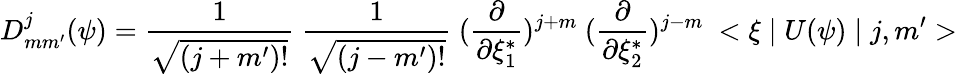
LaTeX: D_{mm^{\prime}}^{j}(\psi)=\frac{1}{\sqrt{(j+m^{\prime})!}}~\frac{1}{\sqrt{(j-m^{\prime})!}}~(\frac{\partial}{\partial\xi_{1}^{*}})^{j+m}~(\frac{\partial}{\partial\xi_{2}^{*}})^{j-m}~<\xi\mid U(\psi)\mid j,m^{\prime}>